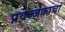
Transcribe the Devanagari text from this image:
प्रवज्जकाचा